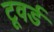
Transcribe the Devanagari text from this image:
टूवर्ड